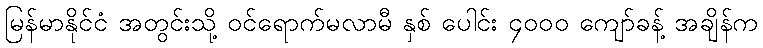
မြန်မာနိုင်ငံ အတွင်းသို့ ဝင်ရောက်မလာမီ နှစ် ပေါင်း ၄၀၀၀ ကျော်ခန့် အချိန်က